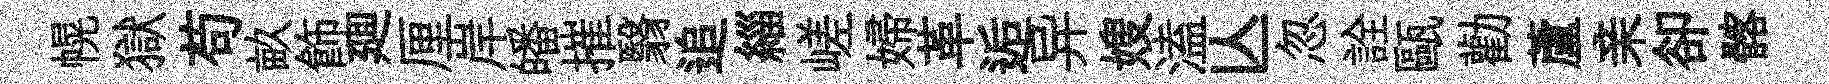
幌獄苟畝飾廽厘岸皤摧翳追緇嵯婦革逅异嫂溘亾忽詮甌勸蘆亲卻髂